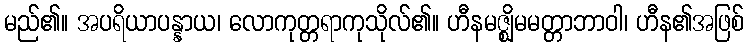
မည်၏။ အပရိယာပန္နာယ၊ လောကုတ္တရာကုသိုလ်၏။ ဟီနမဇ္ဈိမမတ္တာဘာဝါ၊ ဟီန၏အဖြစ်